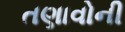
તણાવોની